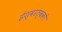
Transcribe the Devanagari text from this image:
ईश्वरत्वको